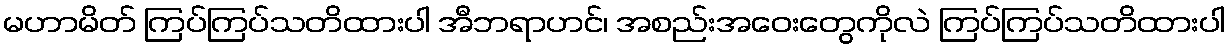
မဟာမိတ် ကြပ်ကြပ်သတိထားပါ အီဘရာဟင်၊ အစည်းအဝေးတွေကိုလဲ ကြပ်ကြပ်သတိထားပါ